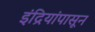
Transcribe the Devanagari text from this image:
इंद्रियांपासून